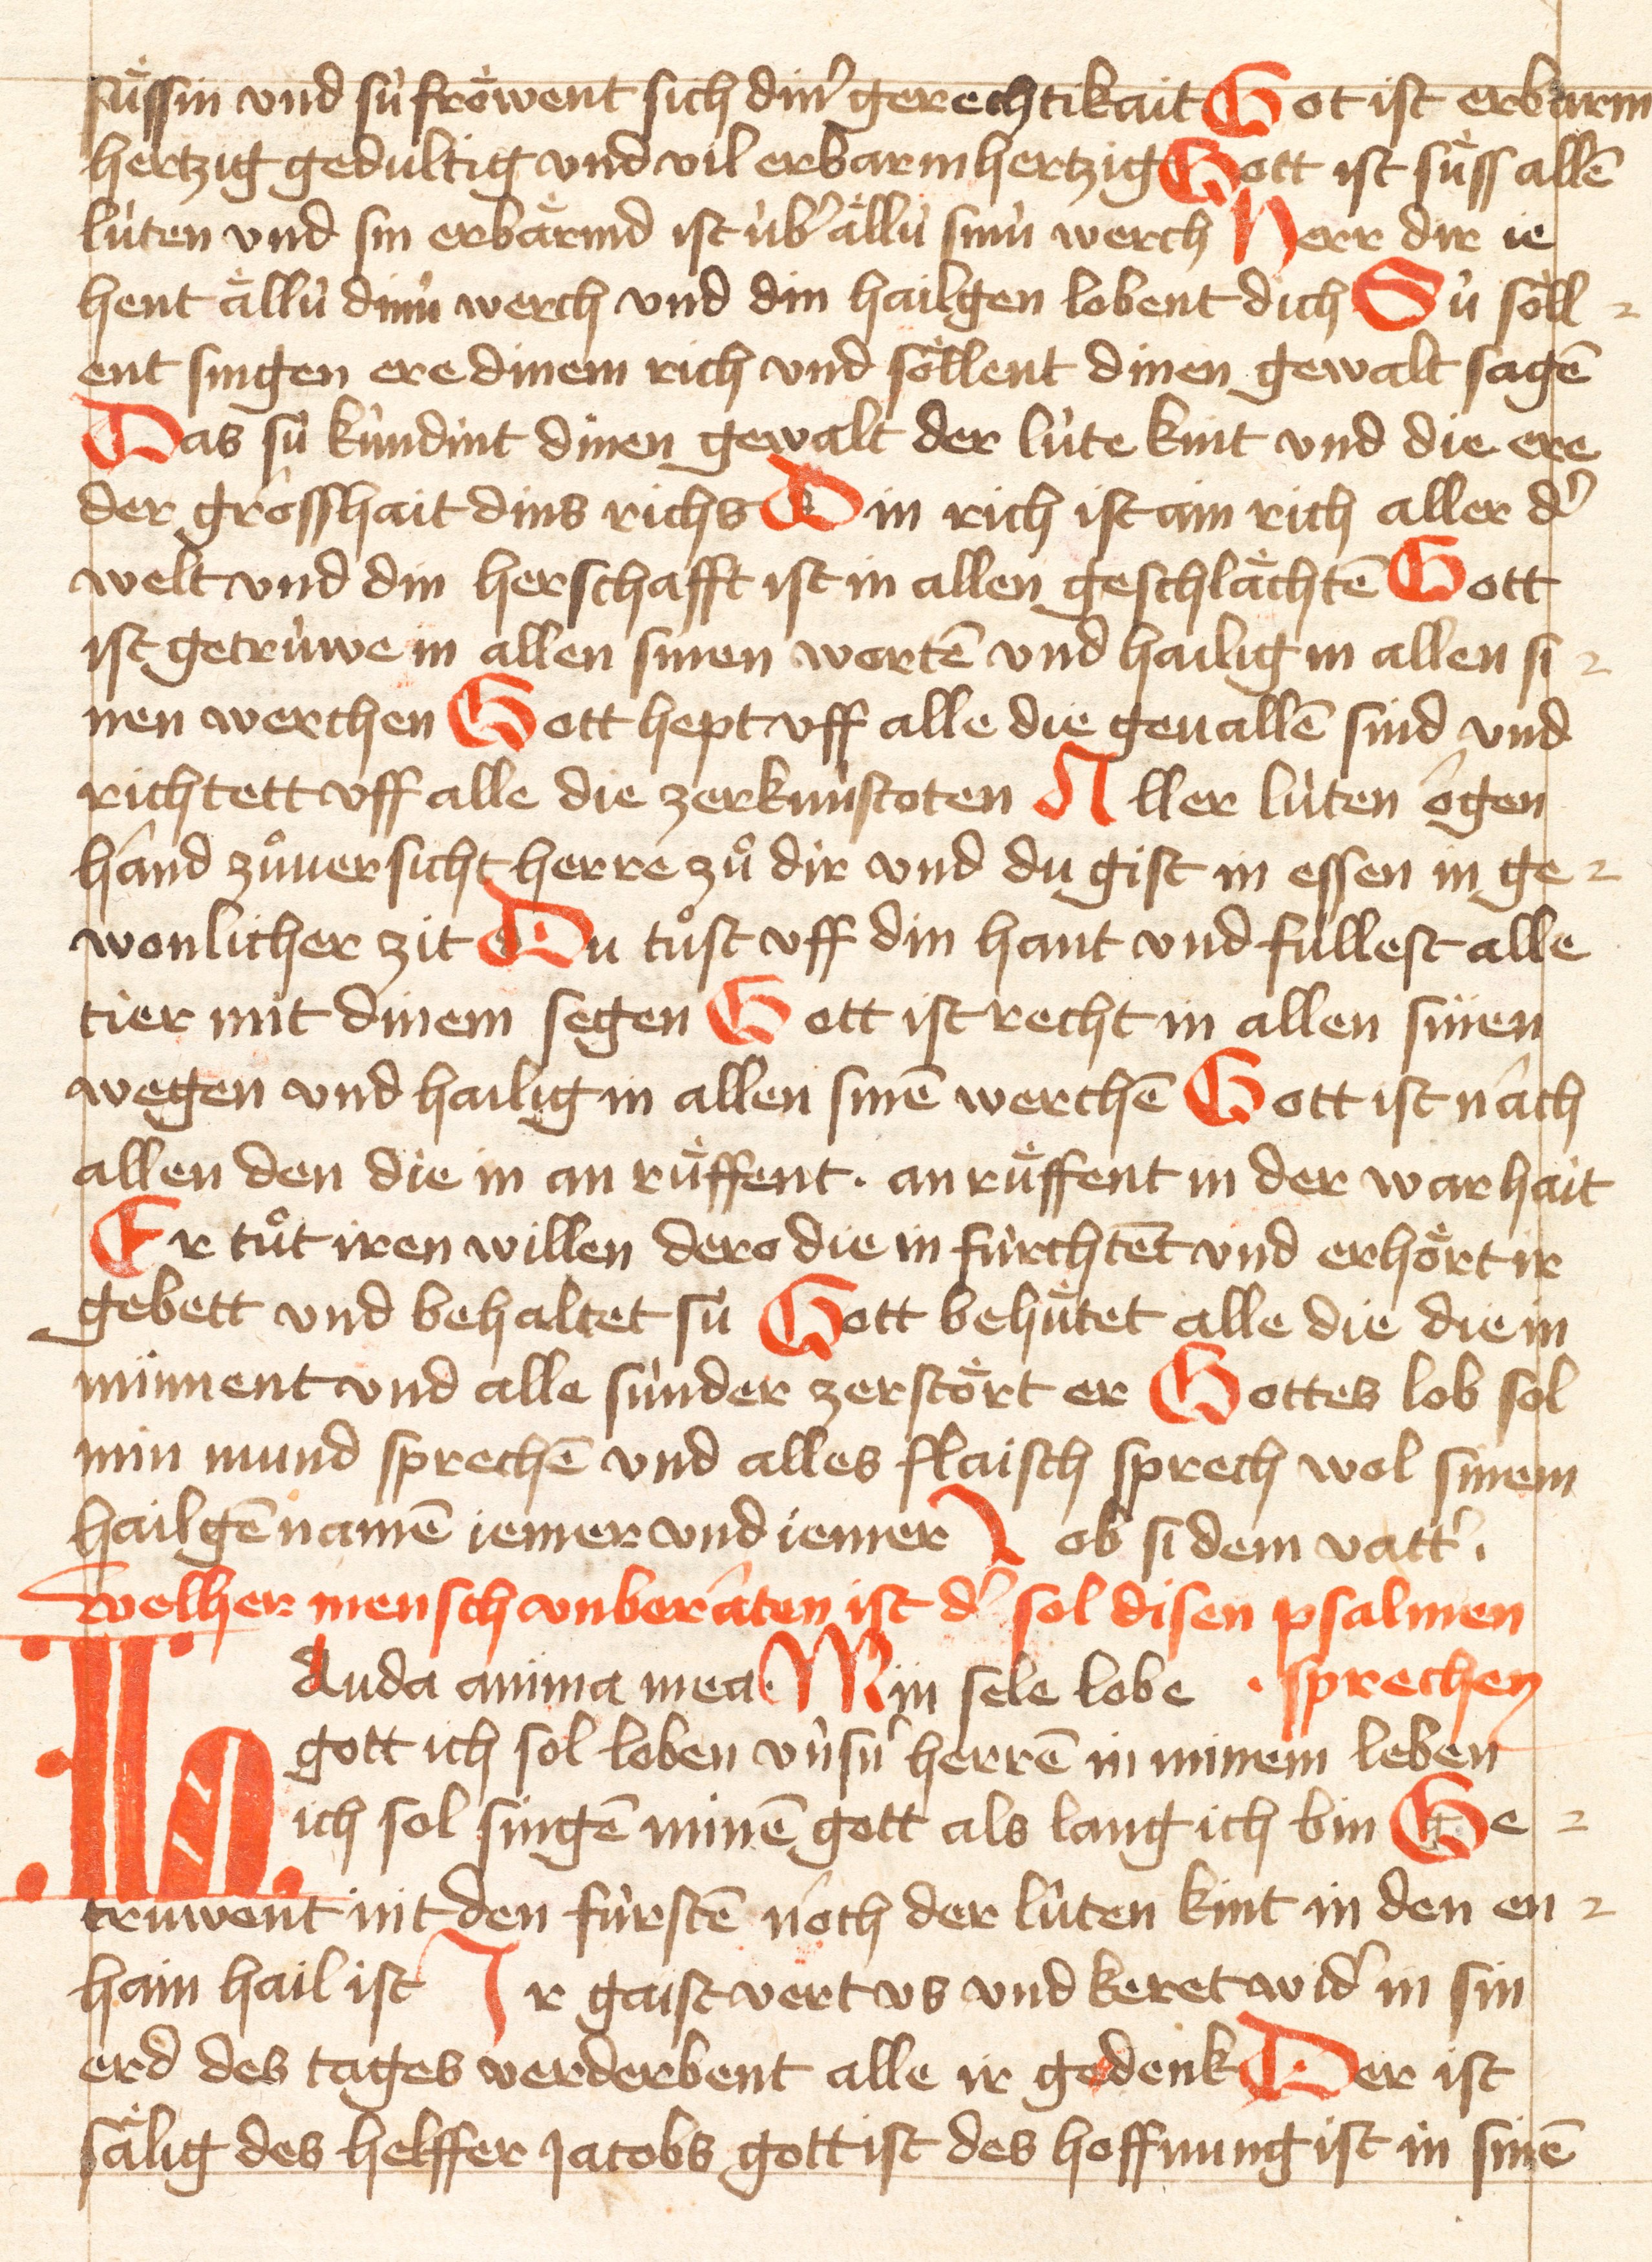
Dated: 1421–1421